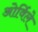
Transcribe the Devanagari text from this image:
ओर्विले